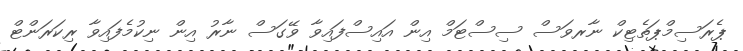
ޕެރަސިމްޕަތެޓިކް ނާރވަސް ސިސްޓަމް އިން އައިސްފައިވާ ވޭގަސް ނާރު އިން ނިކުމެފައިވާ ރިކަރަންޓް